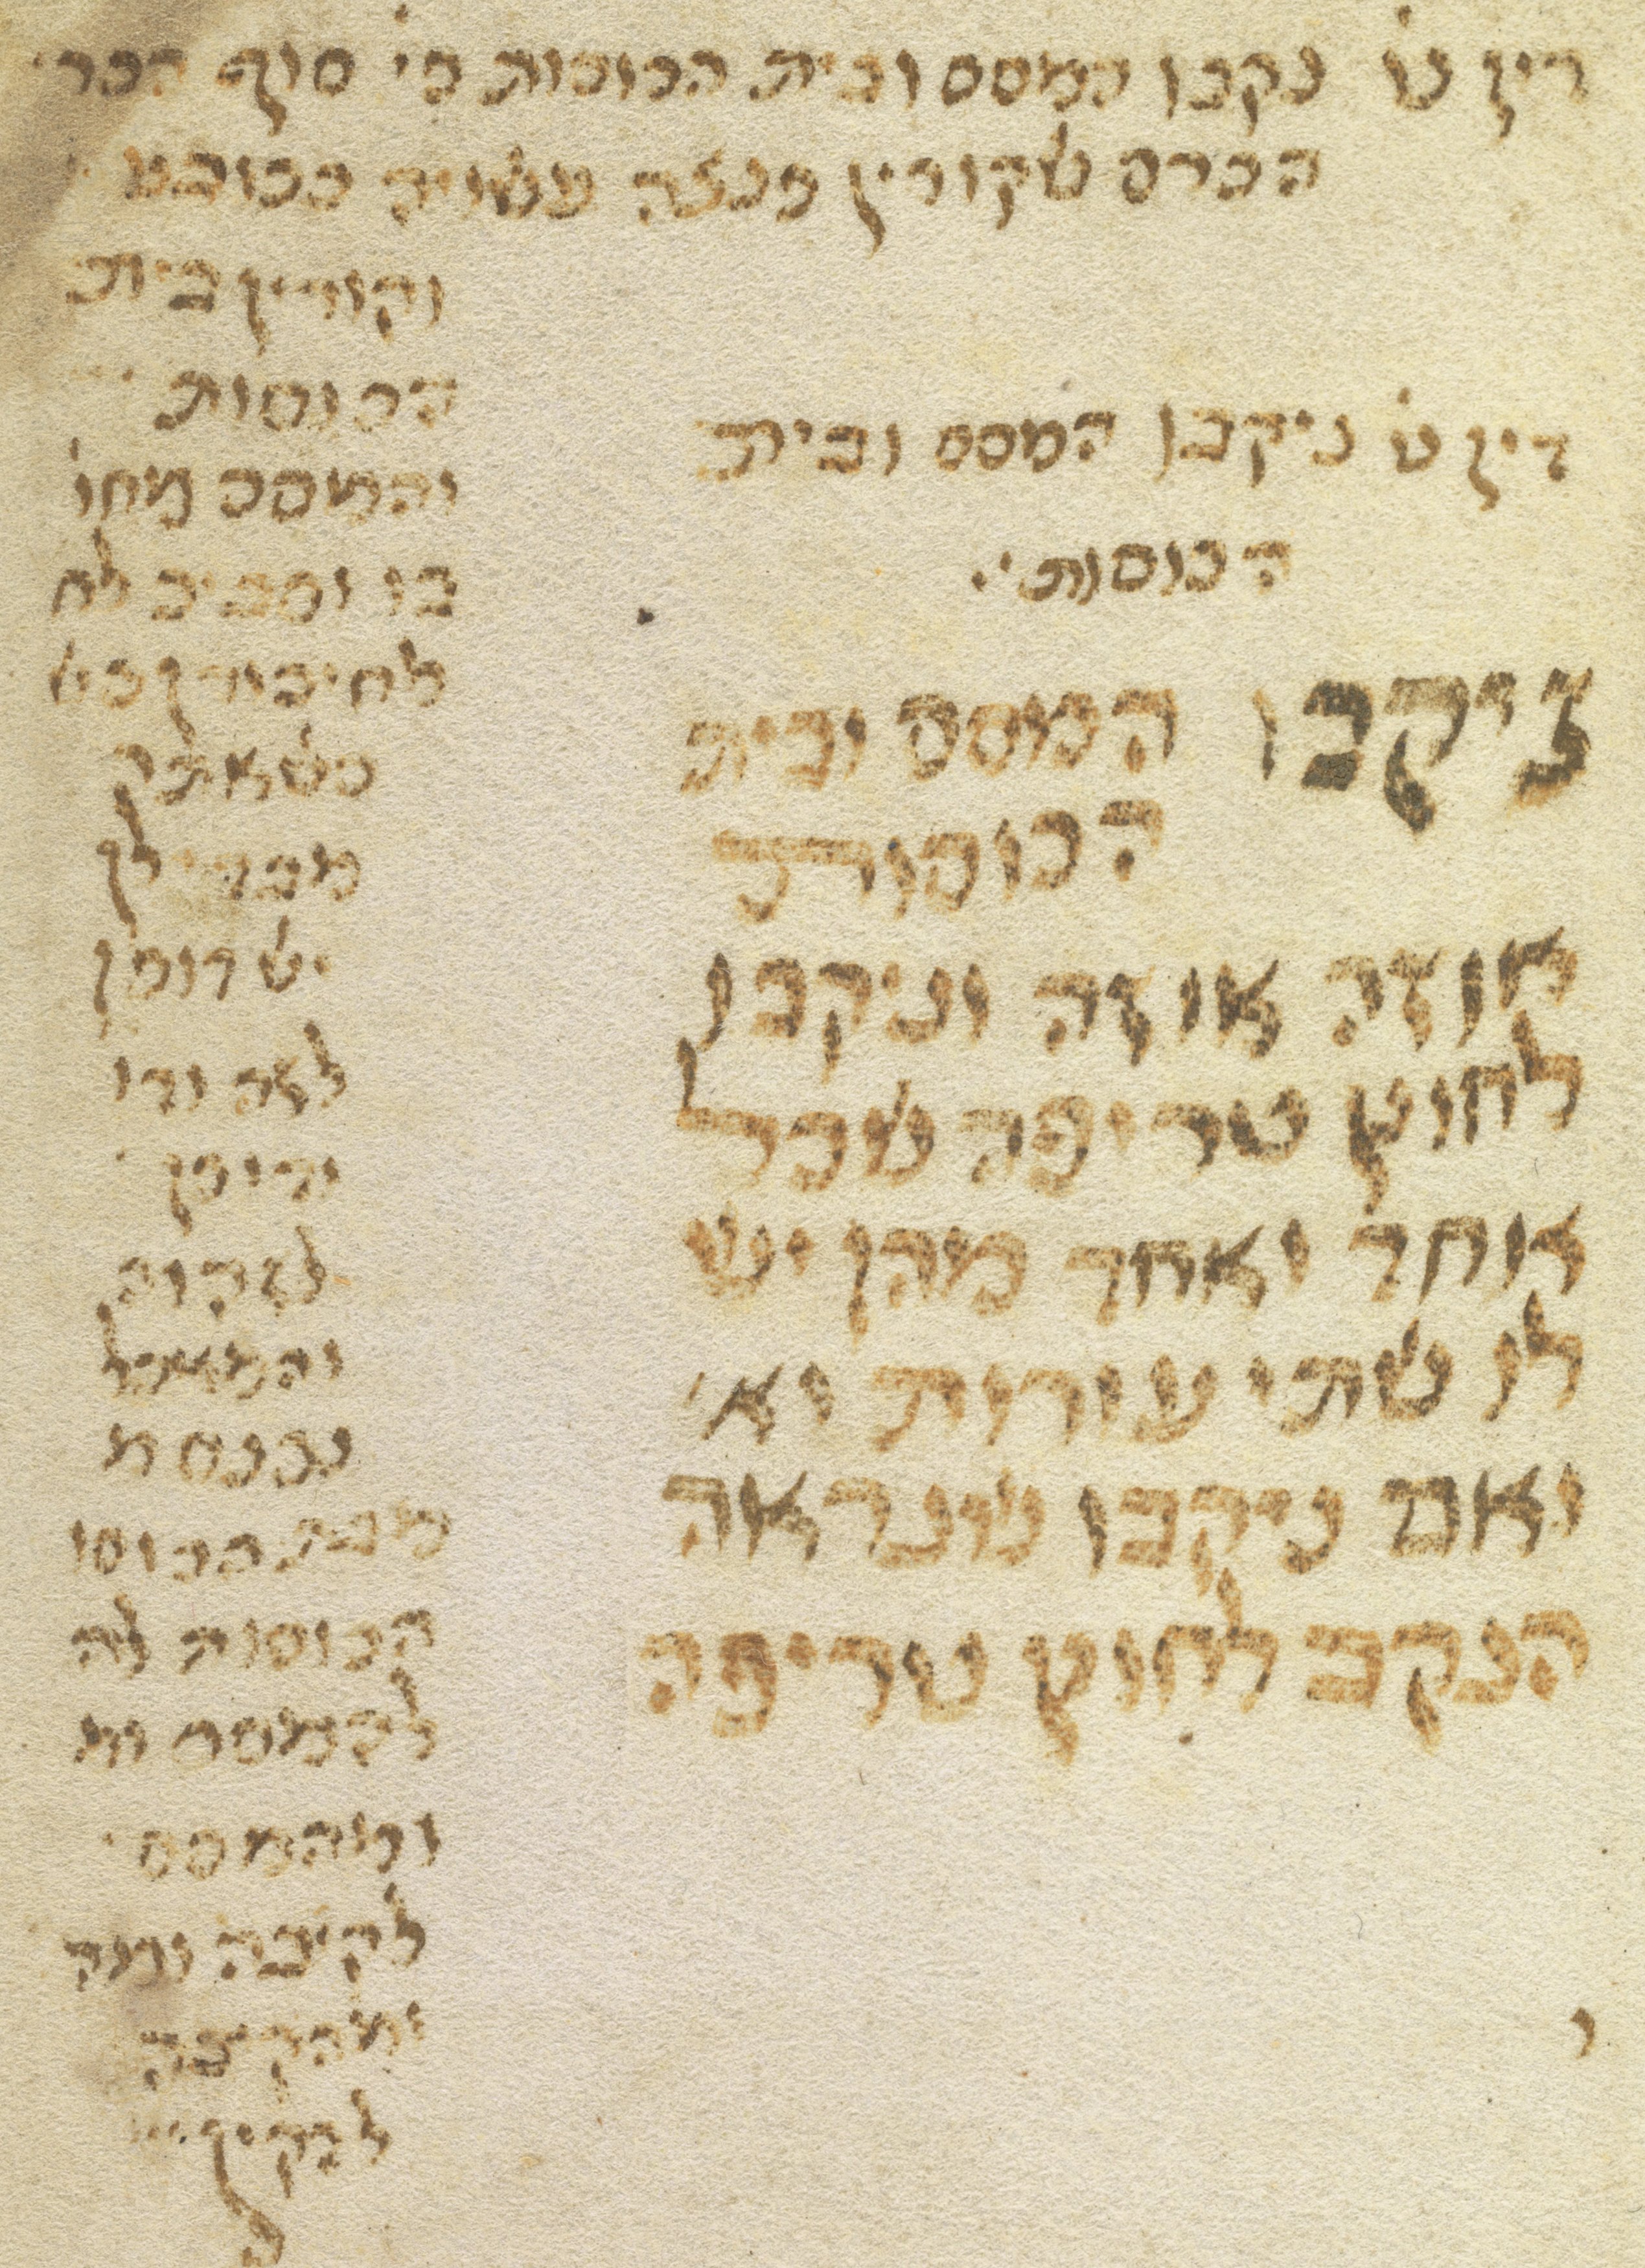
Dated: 1300–1399